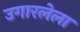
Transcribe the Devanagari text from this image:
उगारलेला